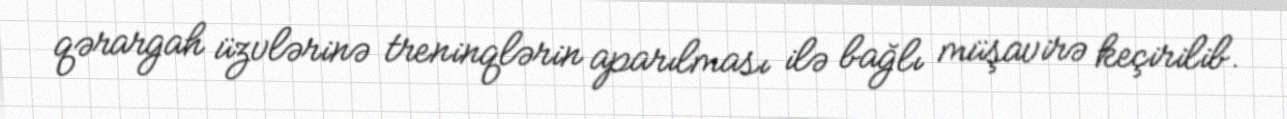
qərargah üzvlərinə treninqlərin aparılması ilə bağlı müşavirə keçirilib.